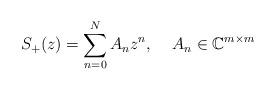
LaTeX: \begin{align*}S_+(z)= \sum_{n=0}^N A_nz^n,\;\;\;\;A_n\in \mathbb{C}^{m \times m}\end{align*}